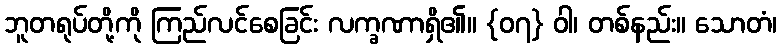
ဘူတရုပ်တို့ကို ကြည်လင်စေခြင်း လက္ခဏာရှိ၏။ {၀၇} ဝါ၊ တစ်နည်း။ သောတံ၊